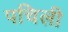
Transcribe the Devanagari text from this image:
पचिली